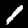
Label: 1